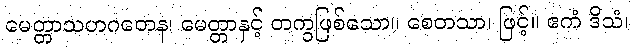
မေတ္တာသဟဂတေန၊ မေတ္တာနှင့် တကွဖြစ်သော။ စေတသာ၊ ဖြင့်။ ဧကံ ဒိသံ၊